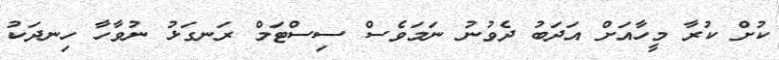
ކުށް ކުރާ މީހާއަށް އަދަބު ދެވުނު ނަމަވެސް ސިސްޓަމް ރަނގަޅު ނުވާހާ ހިނދަކު